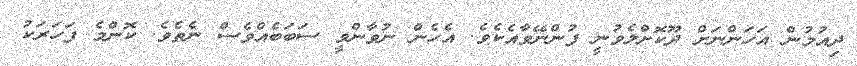
ދިއުމުން އަހަންނަށް ދޫކޮށްލެވުނީ ފުންނޭވާއެކެވެ. އެހެން ނުވާންވީ ސަބަބެއްވެސް ނެތެވެ. ކޮންމެ ފަހަރަކު